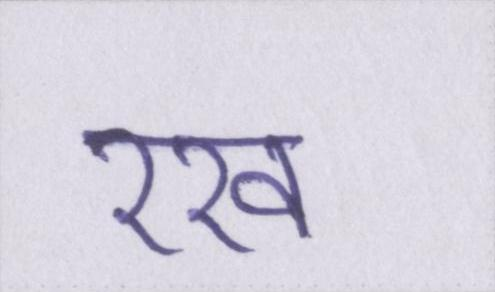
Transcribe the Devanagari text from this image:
रख